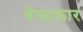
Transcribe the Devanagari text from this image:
वेस्टकार